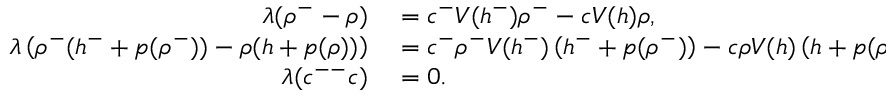
\begin{array} { r l } { \lambda ( \rho ^ { - } - \rho ) } & { { } = c ^ { - } V ( h ^ { - } ) \rho ^ { - } - c V ( h ) \rho , } \\ { \lambda \left( \rho ^ { - } ( h ^ { - } + p ( \rho ^ { - } ) ) - \rho ( h + p ( \rho ) ) \right) } & { { } = c ^ { - } \rho ^ { - } V ( h ^ { - } ) \left( h ^ { - } + p ( \rho ^ { - } ) \right) - c \rho V ( h ) \left( h + p ( \rho ) \right) , } \\ { \lambda ( c ^ { -- } c ) } & { { } = 0 . } \end{array}